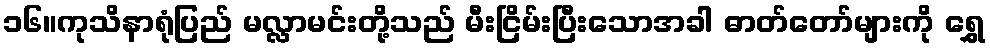
၁၆။ကုသိနာရုံပြည် မလ္လာမင်းတို့သည် မီးငြိမ်းပြီးသောအခါ ဓာတ်တော်များကို ရွှေ